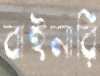
বাইনারি